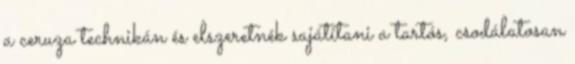
a ceruza technikán és elszeretnék sajátítani a tartós, csodálatosan